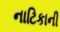
નાટિકાની